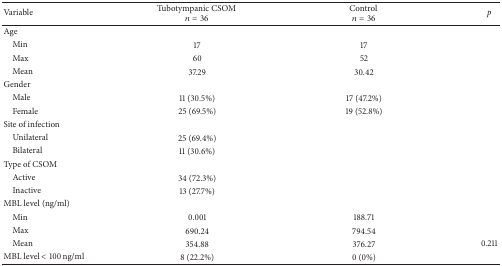
<table><thead><tr><td><b>Variable</b></td><td><b>Tubotympanic CSOM <i>n</i> = 36</b></td><td><b>Control <i>n</i> = 36</b></td><td><b><i>p</i></b></td></tr></thead><tbody><tr><td>Age</td><td> </td><td> </td><td> </td></tr><tr><td> Min</td><td>17</td><td>17</td><td> </td></tr><tr><td> Max</td><td>60</td><td>52</td><td> </td></tr><tr><td> Mean</td><td>37.29</td><td>30.42</td><td> </td></tr><tr><td>Gender</td><td> </td><td> </td><td> </td></tr><tr><td> Male</td><td>11 (30.5%)</td><td>17 (47.2%)</td><td> </td></tr><tr><td> Female</td><td>25 (69.5%)</td><td>19 (52.8%)</td><td> </td></tr><tr><td>Site of infection</td><td> </td><td> </td><td> </td></tr><tr><td> Unilateral</td><td>25 (69.4%)</td><td> </td><td> </td></tr><tr><td> Bilateral</td><td>11 (30.6%)</td><td> </td><td> </td></tr><tr><td>Type of CSOM</td><td> </td><td> </td><td> </td></tr><tr><td> Active</td><td>34 (72.3%)</td><td> </td><td> </td></tr><tr><td> Inactive</td><td>13 (27.7%)</td><td> </td><td> </td></tr><tr><td>MBL level (ng/ml)</td><td> </td><td> </td><td> </td></tr><tr><td> Min</td><td>0.001</td><td>188.71</td><td> </td></tr><tr><td> Max</td><td>690.24</td><td>794.54</td><td> </td></tr><tr><td> Mean</td><td>354.88</td><td>376.27</td><td>0.211</td></tr><tr><td>MBL level &lt; 100 ng/ml</td><td>8 (22.2%)</td><td>0 (0%)</td><td> </td></tr></tbody></table>